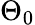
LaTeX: \Theta_{0}